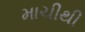
માચીથી